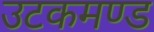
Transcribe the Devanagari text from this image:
उटकमण्ड